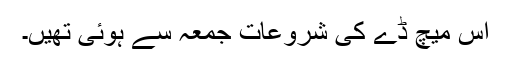
اس میچ ڈے کی شروعات جمعہ سے ہوئی تھیں۔